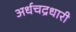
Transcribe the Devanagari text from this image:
अर्धचद्रधारी